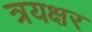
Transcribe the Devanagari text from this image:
त्रयक्षर